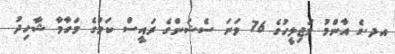
އދ.ގެ އާންމު މަޖިލީހުގެ 76 ވަނަ ސެޝަންގެ ރައީސް ކަމުގެ މަގާމާ ޝާހިދު